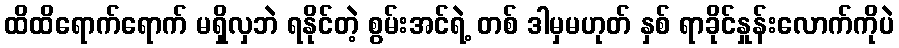
ထိထိရောက်ရောက် မရှိလှဘဲ ရနိုင်တဲ့ စွမ်းအင်ရဲ့ တစ် ဒါမှမဟုတ် နှစ် ရာခိုင်နှုန်းလောက်ကိုပဲ